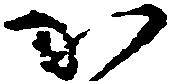
か